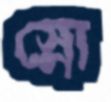
স্নো